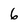
Character: 6